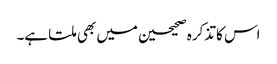
اس کا تذکرہ صحیحین میں بھی ملتا ہے۔